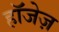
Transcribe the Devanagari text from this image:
हॉजेज़